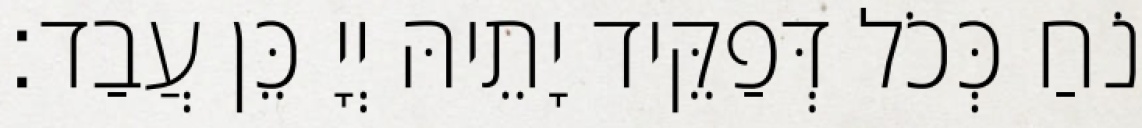
נֹחַ כְּכֹל דְּפַקֵּיד יָתֵיהּ יְיָ כֵּן עֲבַד׃